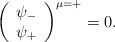
\begin{align*}\left(\begin{array}{c} \psi_- \\ \psi_+\end{array}\right)^{\mu = +} =0.\end{align*}